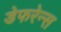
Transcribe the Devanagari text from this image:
डेफरेन्स